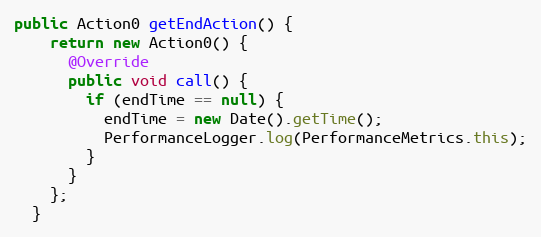
Language: Java
public Action0 getEndAction() {
    return new Action0() {
      @Override
      public void call() {
        if (endTime == null) {
          endTime = new Date().getTime();
          PerformanceLogger.log(PerformanceMetrics.this);
        }
      }
    };
  }